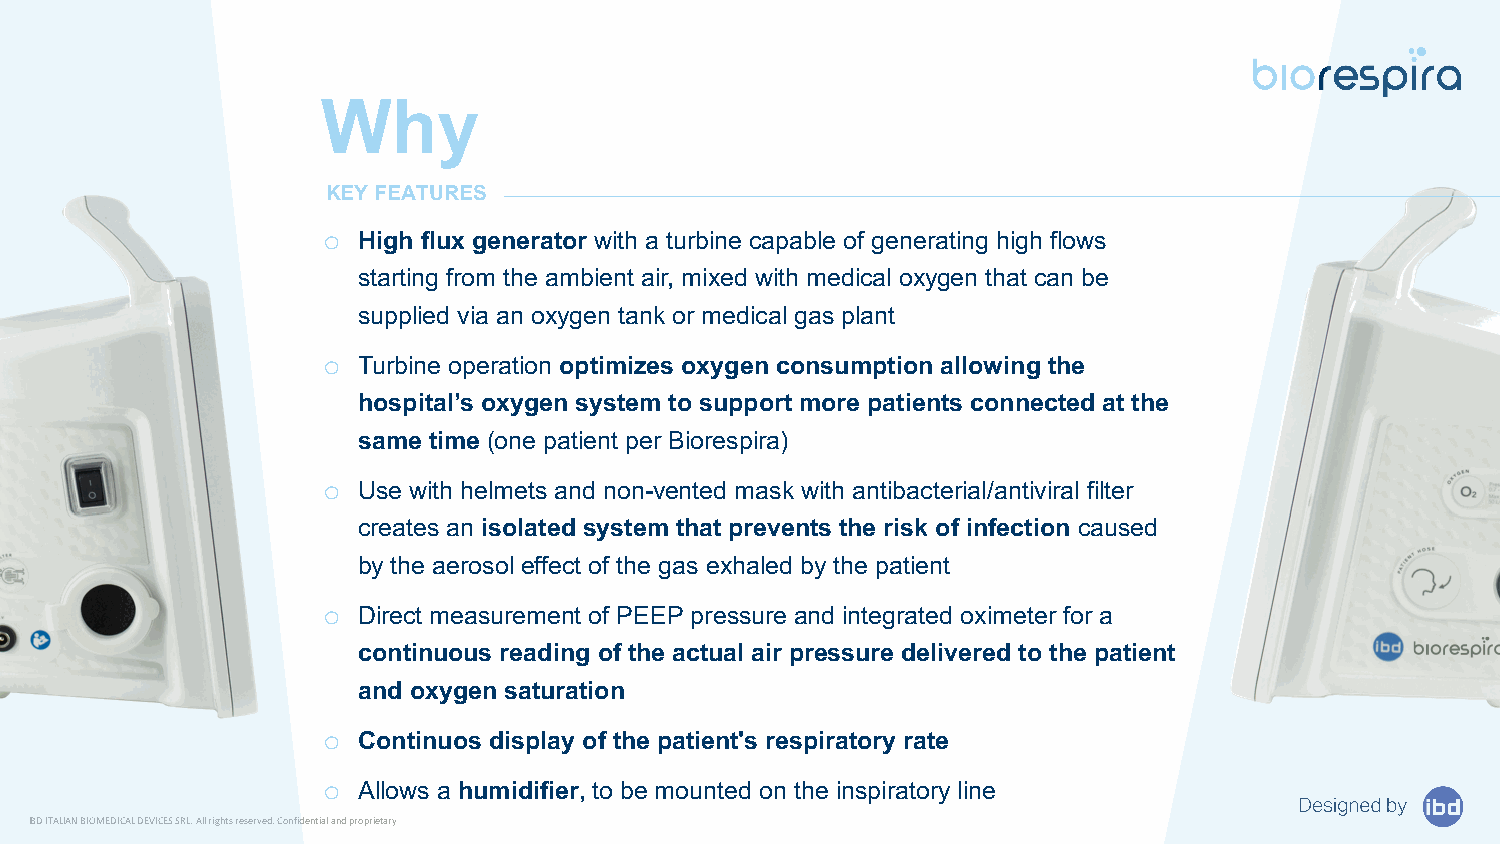
Why
 KEY FEATURES
 o  High flux generator with a turbine capable of generating high flows
 starting from the ambient air, mixed with medical oxygen that can be
 supplied via an oxygen tank or medical gas plant
 o  Turbine operation optimizes oxygen consumption allowing the
 hospital’s oxygen system to support more patients connected at the
 same time (one patient per Biorespira)
 o  Use with helmets and non-vented mask with antibacterial/antiviral filter
 creates an isolated system that prevents the risk of infection caused
 by the aerosol effect of the gas exhaled by the patient
 o  Direct measurement of PEEP pressure and integrated oximeter for a
 continuous reading of the actual air pressure delivered to the patient
 and oxygen saturation
 o  Continuos display of the patient's respiratory rate
 o  Allows a humidifier, to be mounted on the inspiratory line
 IBD ITALIAN BIOMEDICAL DEVICES SRL. All rights reserved. Confidential and proprietary